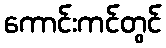
ကောင်းကင်တွင်